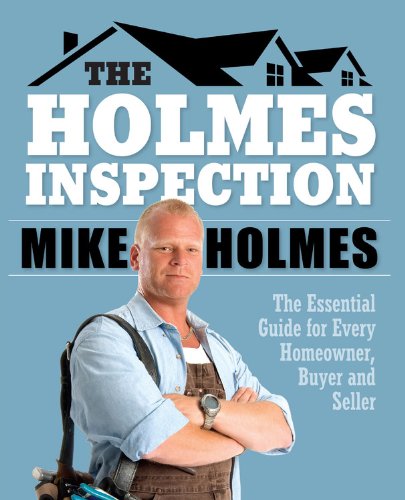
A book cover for Holmes Inspection: The Essential Guide for Every Homeowner, Buyer and Seller; Mike Holmes; Business & Money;